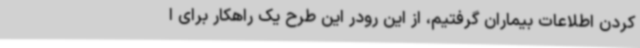
کردن اطلاعات بیماران گرفتیم، از این رودر این طرح یک راهکار برای ا